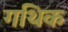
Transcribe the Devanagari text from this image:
गथिक